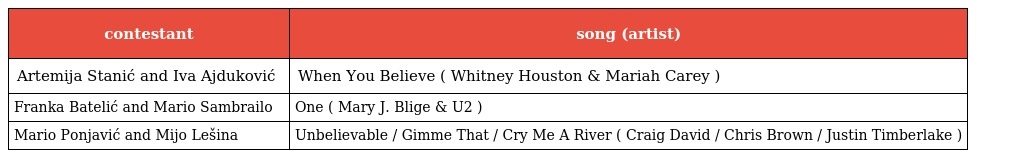
| contestant | song (artist) |
 | --- | --- |
 | Artemija Stanić and Iva Ajduković | When You Believe ( Whitney Houston & Mariah Carey ) |
 | Franka Batelić and Mario Sambrailo | One ( Mary J. Blige & U2 ) |
 | Mario Ponjavić and Mijo Lešina | Unbelievable / Gimme That / Cry Me A River ( Craig David / Chris Brown / Justin Timberlake ) |